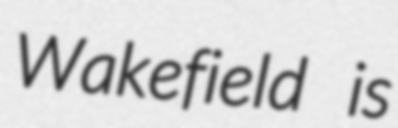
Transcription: Wakefield is